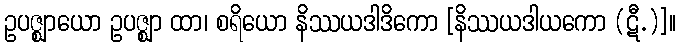
ဥပဇ္ဈာယော ဥပဇ္ဈာ ထာ၊ စရိယော နိဿယဒါဒိကော [နိဿယဒါယကော (ဋီ.)]။